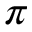
\pi